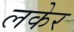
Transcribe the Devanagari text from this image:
लकेर